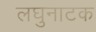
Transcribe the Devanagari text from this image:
लघुनाटक